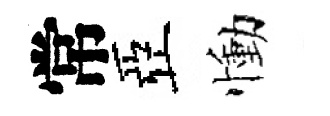
常亞慟